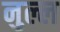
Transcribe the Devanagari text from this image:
नुल्ल